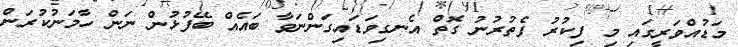
މަޑުއްވަރީގައި މި ފިކުރު ފެތުރުނު ގޮތް އެނގިވަޑައިގަންނަވާ ބައެއް ބޭފުޅުން ނަން ހާމަނުކުރަން